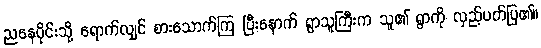
ညနေပိုင်းသို့ ရောက်လျှင် စားသောက်ကြ ပြီးနောက် ရွာသူကြီးက သူ၏ ရွာကို လှည့်ပတ်ပြ၏။